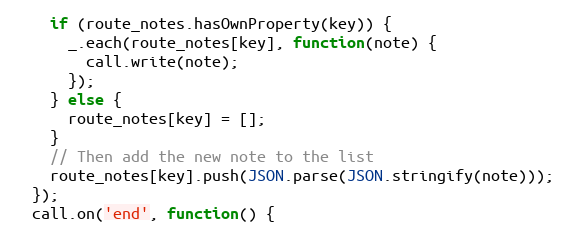
Language: JavaScript
    if (route_notes.hasOwnProperty(key)) {
      _.each(route_notes[key], function(note) {
        call.write(note);
      });
    } else {
      route_notes[key] = [];
    }
    // Then add the new note to the list
    route_notes[key].push(JSON.parse(JSON.stringify(note)));
  });
  call.on('end', function() {